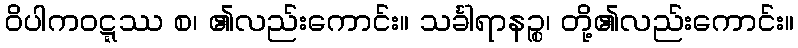
ဝိပါကဝဋ္ဋဿ စ၊ ၏လည်းကောင်း။ သင်္ခါရာနဉ္စ၊ တို့၏လည်းကောင်း။